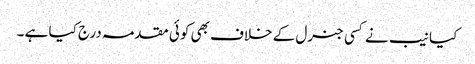
کیا نیب نے کسی جنرل کے خلاف بھی کوئی مقدمہ درج کیا ہے ۔